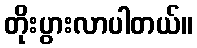
တိုးပွားလာပါတယ်။